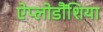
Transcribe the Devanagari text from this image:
ऐप्लोडौंशिया